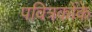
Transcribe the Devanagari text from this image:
पवित्रकोंके